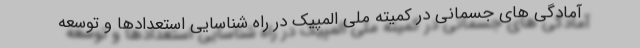
آمادگی های جسمانی در کمیته ملی المپیک در راه شناسایی استعدادها و توسعه